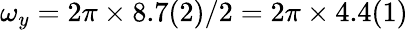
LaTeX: \omega_{y}=2\pi\times 8.7(2)/2=2\pi\times 4.4(1)